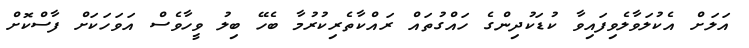
އަލަށް އެކުލަވާލެވިފައިވާ ކުޑަކުދިންގެ ހައްގުތައް ރައްކާތެރިކުރުމާ ބެހޭ ބިލު ވީހާވެސް އަވަހަކަށް ފާސްކޮށް